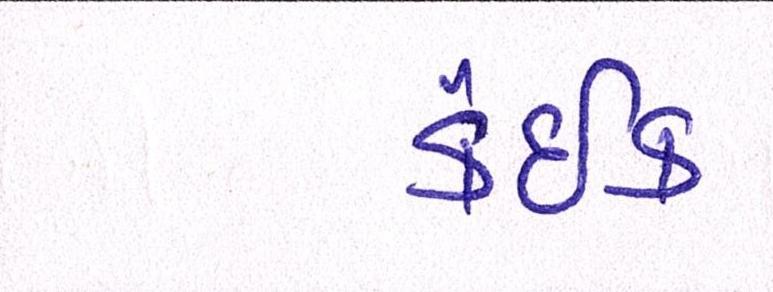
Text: કંઈક